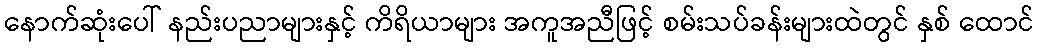
နောက်ဆုံးပေါ် နည်းပညာများနှင့် ကိရိယာများ အကူအညီဖြင့် စမ်းသပ်ခန်းများထဲတွင် နှစ် ထောင်